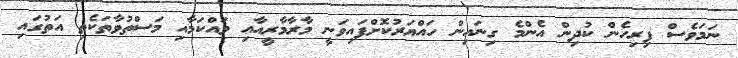
ނަމަވެސް ފިރިހެން ކުދިން އެންމެ ގިނައިން ހައްޔަރުކޮށްފައިވަނީ މާރާމާރީއާއި ވައްކަމާއި މަސްތުވާތަކެތި އަތުގައި